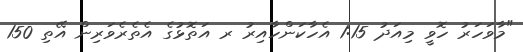
"މާވަހަރު ހޮވީ މިއަދު 1:15 އެހާކަންހާއިރު ރ އަތޮޅުގެ އެތެރެވަރިން އޭތި 150